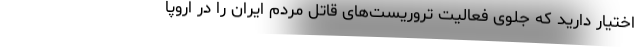
اختیار دارید که جلوی فعالیت تروریست‌های قاتل مردم ایران را در اروپا